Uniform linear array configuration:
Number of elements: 64
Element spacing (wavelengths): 0.75
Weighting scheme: exponential
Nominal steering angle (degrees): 15
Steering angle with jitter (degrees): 15.4
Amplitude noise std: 0.05
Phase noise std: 0.05

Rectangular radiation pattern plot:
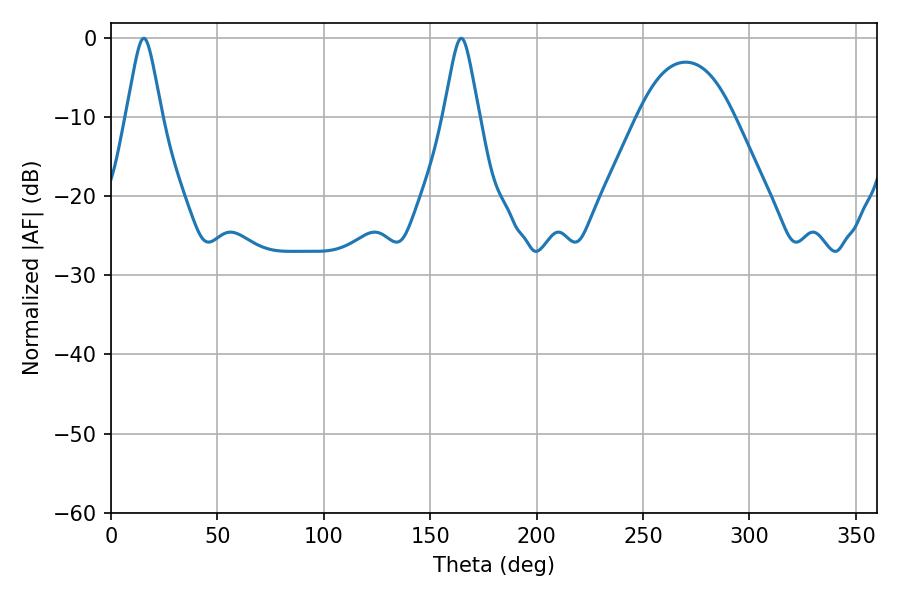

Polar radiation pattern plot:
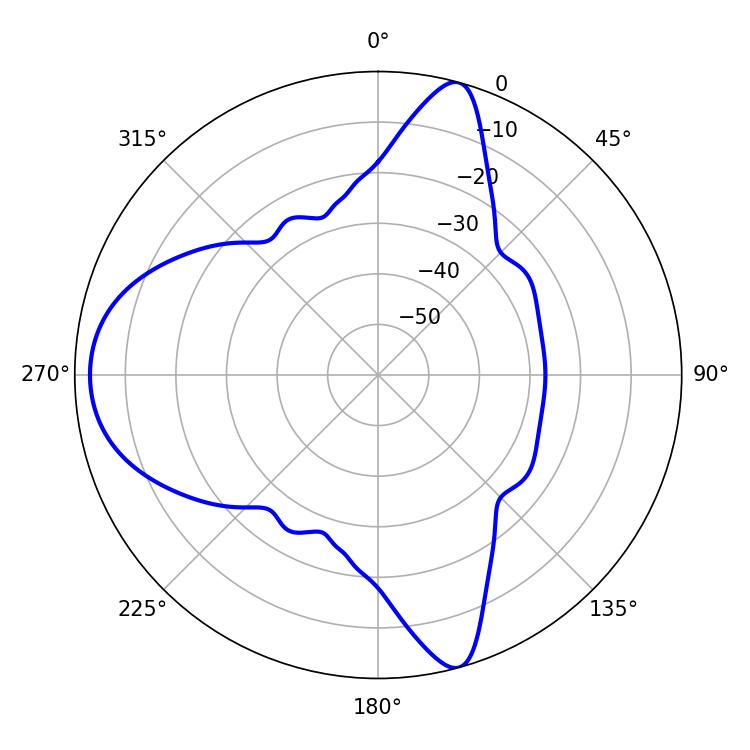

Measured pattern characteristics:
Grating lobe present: TRUE
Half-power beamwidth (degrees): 7.92
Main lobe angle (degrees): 15.48